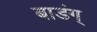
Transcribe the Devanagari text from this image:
बाडंग्